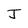
Character: J